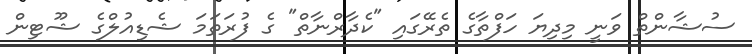
ސުޝާންތް ވަނީ މިދިޔަ ހަފްތާގެ ތެރޭގައި "ކެދާރްނާތް" ގެ ފުރަތަމަ ޝެޑިއުލްގެ ޝޫޓިން